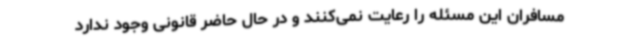
مسافران این مسئله را رعایت نمی‌کنند و در حال حاضر قانونی وجود ندارد